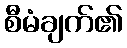
စီမံချက်၏